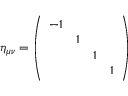
\eta _ { \mu \nu } = \left( \begin{array} { c c c c } { { - 1 } } & { { } } & { { } } & { { } } \\ { { } } & { { 1 } } & { { } } & { { } } \\ { { } } & { { } } & { { 1 } } & { { } } \\ { { } } & { { } } & { { } } & { { 1 } } \end{array} \right) \nonumber